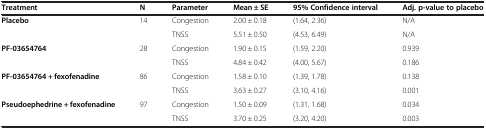
| Treatment | N | Parameter | Mean ± SE | 95% Confidence interval | Adj. p-value to placebo |
 | --- | --- | --- | --- | --- | --- |
 | <ROWSPAN=2> Placebo | <ROWSPAN=2> 14 | Congestion | 2.00 ± 0.18 | (1.64, 2.36) | N/A |
 | TNSS | 5.51 ± 0.50 | (4.53, 6.49) | N/A |
 | <ROWSPAN=2> PF-03654764 | <ROWSPAN=2> 28 | Congestion | 1.90 ± 0.15 | (1.59, 2.20) | 0.939 |
 | TNSS | 4.84 ± 0.42 | (4.00, 5.67) | 0.186 |
 | <ROWSPAN=2> PF-03654764 + fexofenadine | <ROWSPAN=2> 86 | Congestion | 1.58 ± 0.10 | (1.39, 1.78) | 0.138 |
 | TNSS | 3.63 ± 0.27 | (3.10, 4.16) | 0.001 |
 | <ROWSPAN=2> Pseudoephedrine + fexofenadine | <ROWSPAN=2> 97 | Congestion | 1.50 ± 0.09 | (1.31, 1.68) | 0.034 |
 | TNSS | 3.70 ± 0.25 | (3.20, 4.20) | 0.003 |